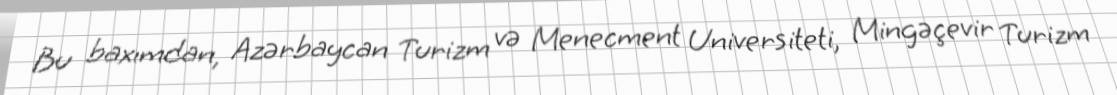
Bu baxımdan, Azərbaycan Turizm və Menecment Universiteti, Mingəçevir Turizm